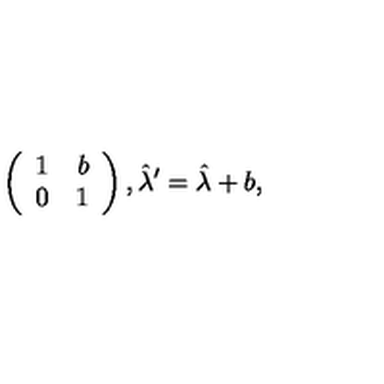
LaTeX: \left( \begin{array} { r r } { 1 } & { b } \\ { 0 } & { 1 } \\ \end{array} \right) , \hat { \lambda } ^ { \prime } = \hat { \lambda } + b ,